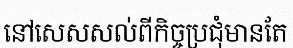
នៅសេសសល់ពីកិច្ចប្រជុំមានតែ